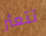
تتعثر